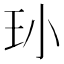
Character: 𮴁